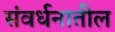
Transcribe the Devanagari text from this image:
संवर्धनातील